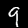
Label: 9